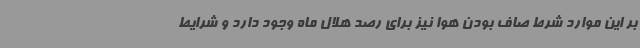
بر این‌ موارد شرط صاف بودن هوا نیز برای رصد هلال ماه وجود دارد و شرایط